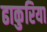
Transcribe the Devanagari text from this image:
ढाकुरिया